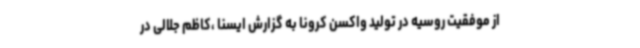
از موفقیت روسیه در تولید واکسن کرونا به گزارش ایسنا ،کاظم جلالی در